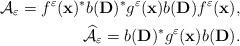
LaTeX: \begin{align*}\mathcal{A}_{\varepsilon} = f^{\varepsilon}(\mathbf{x})^* b(\mathbf{D})^* g^{\varepsilon}(\mathbf{x}) b(\mathbf{D}) f^{\varepsilon}(\mathbf{x}),\\\widehat{\mathcal{A}}_{\varepsilon} = b(\mathbf{D})^* g^{\varepsilon}(\mathbf{x}) b(\mathbf{D}).\end{align*}